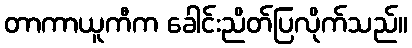
တာကာယူကီက ခေါင်းညိတ်ပြလိုက်သည်။